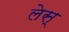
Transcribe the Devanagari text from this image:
लेस्